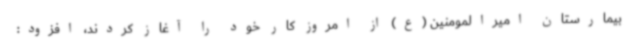
بیمارستان امیرالمومنین (ع) از امروز کار خود را آغاز کردند، افزود: